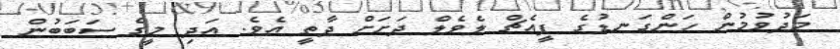
މަދުވުމުން ހަންގަނޑުގެ ޕީއެޗް ލެވެލް ދަށަށް ދާތީ އެވެ. އަދި މީގެ ސަބަބުން